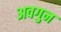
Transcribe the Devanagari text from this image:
अवगुन